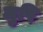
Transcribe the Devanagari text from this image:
लुषि